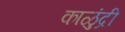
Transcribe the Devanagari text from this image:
काळुंद्री